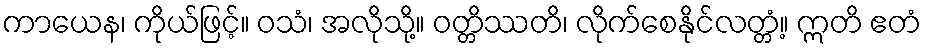
ကာယေန၊ ကိုယ်ဖြင့်။ ဝသံ၊ အလိုသို့။ ဝတ္တိဿတိ၊ လိုက်စေနိုင်လတ္တံ့။ ဣတိ ဧတံ